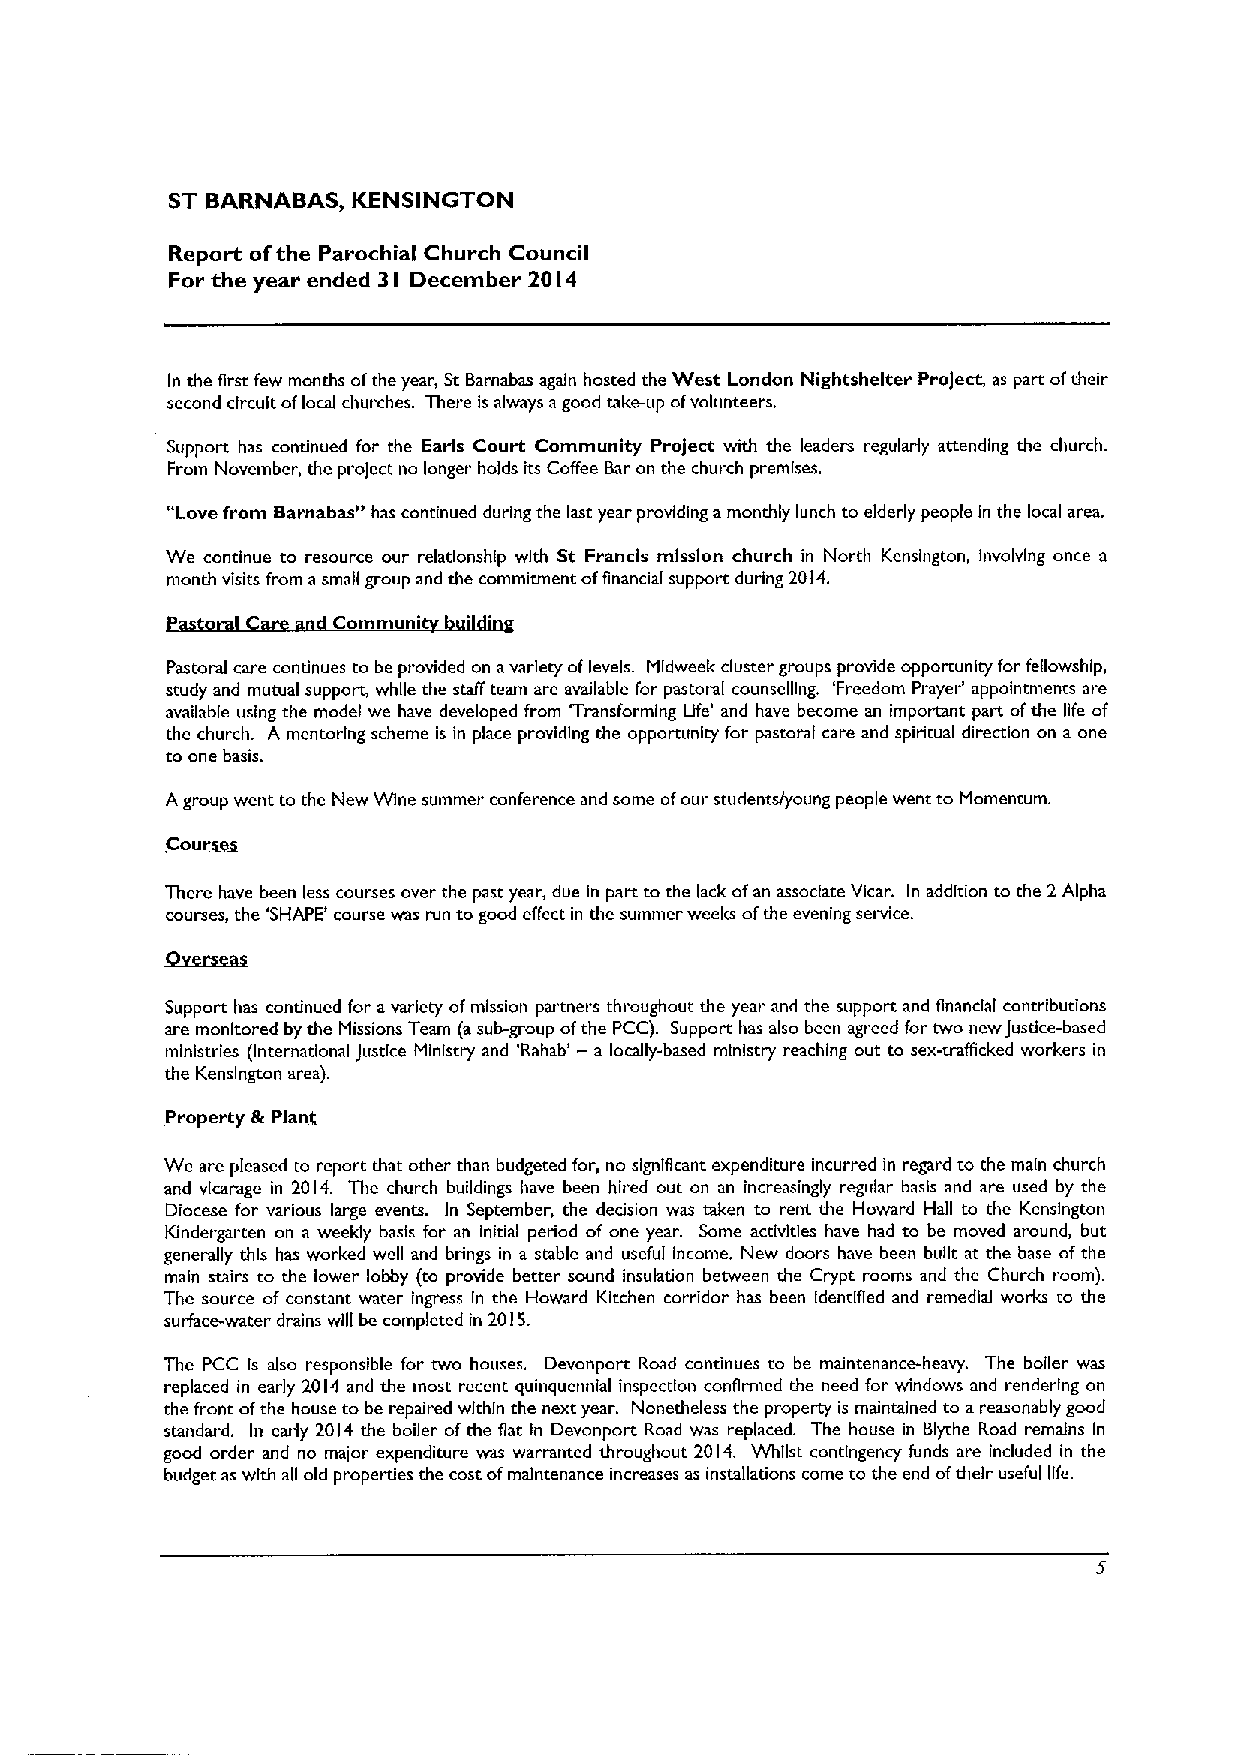
ST BARNABAS, KENSINGTON
 Report ofthe Parochial Church Council
 For the year ended 3I December 20I4
 In the first few months ofthe year, St Barnabas again hosted the West London Nightshelter Project, as part oftheir
 second circuit oflocal churches. There is always agood take-up ofvolunteers,
 Support has continued for the Earls Court Community project with the leaders regularly attending the church.
 From November, the project no longer holds its Coffee Bar on the church premises.
 "Lovefrom Barnabasu has continued during the last year providing amonthly lunch to elderly people in the local area.
 We continue to resource our relationship with St Francis mission church in North Kensington, Involving once a
 month visits from asmall group and the commitment ofiinancial support during 2014.
 Communi
 Pastoral «are continues to be provided on avariety oflevels. Midweek cluster groups provide opportunity for fellowship,
 study and mutual support, while the staff team are available for pastoral counselling. 'Freedom Prayer' appointments are
 available using the model we have developed from 'Transforming Ufe' and have become an important part ofthe life of
 the church. A mentarlng scheme is in place providing the opportunity for pastoral care and spiritual direction on a one
 to one basis.
 Agroup went to the New Wine summer conference and some ofour students/young people went to Momentum.
 ~Cour
 There have been less courses over the past year, due In part to the lack ofan associate Vicar. In addition to the 2 Alpha
 courses, the 'SHAPE' course was run to gaod effect in the summer weeks ofthe evening service.
 Support has continued for avariety ofmission partners throughout the year and the support and financial contributions
 are monitored by the Missions Team (asub-group ofthe PCC). Support has also been agreed for two new justice-based
 ministries (International justice Ministry and 'Rahab' —a locally-based ministry reaching out to sex-traflicked workers in
 the Kensington area).
 s
 We are pleased to report that other than budgeted for, no significant expenditure incurred in regard to the main church
 and vicarage In 2014. The church buildings have been hired out on an increasingly regular basis and are used by the
 Diocese for various large events. In September, the decision was taken to rent the Howard Hall to the Kensington
 Kindergarten on a weekly basis for an initial period of one year. Some activities have had to be moved around, but
 generally this has worked well and brings in a stable and useful Income. New doors have been built at the base ofthe
 main stairs to the lower lobby (to provide better sound insulation between the Crypt rooms and the Church room).
 The source of constant water ingress In the Howard Kitchen corridor has been identified and remedial works to the
 surface-water drains will be completed in 2015.
 The PCC Is also responsible for two houses. Devonport Road continues to be maintenance-heavy. The boiler was
 replaced in early 2014 and the most recent. quinquennial inspection confirmed the need for windows and rendering on
 the front ofthe house to be repaired whhln the next year, Nonetheless the property is maintained to areasonably good
 standard. In early 2014 the boiler ofthe flat In Devonport Road was replaced. The house in Blythe Road remains In
 good order and no major expenditure was warranted throughout 2014. Whilst contingency funds are included in the
 budget as with all old properties the cost ofmaintenance Increases as installations come to the end oftheir useful life.